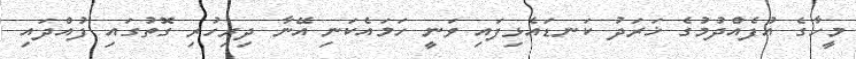
މީހާގެ އުފެއްދުމުގެ ޚަރަދު ކަނޑައެޅިފައި ވަނީ ހަމައެކަނި އޭނާ ދިރިހުރި ގޮތުގައި ފުއްދައި